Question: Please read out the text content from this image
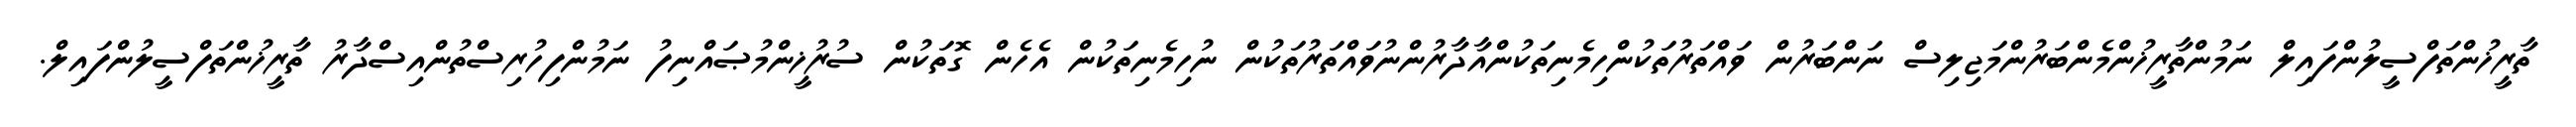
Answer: ތާރީޚުންތަފްސީލުންފައިލް ނަމުންތާރީޚުންމެންބަރުންމަޖިލިސް ނަންބަރުން ވައްތަރުތަކުންހިމެނިތަކުންއާދާރުންނުވައްތަރުތަކުން ނުހިމެނިތަކުން އެހެން ގޮތަކުން ސުރުޚީންމުޞައްނިފު ނަމުންފިހުރިސްތުންއިސްދާރު ތާރީޚުންތަފްސީލުންފައިލް.